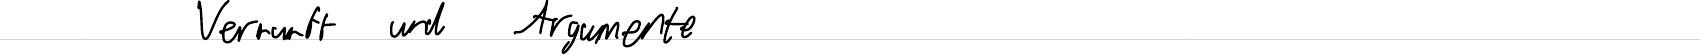
Vernunft und Argumente